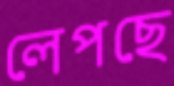
লেপছে